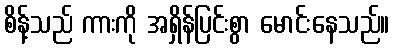
စိန့်သည် ကားကို အရှိန်ပြင်းစွာ မောင်းနေသည်။